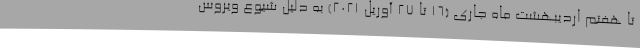
تا هفتم اردیبهشت ماه جاری (16 تا 27 آوریل 2021) به دلیل شیوع ویروس